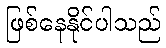
ဖြစ်နေနိုင်ပါသည်